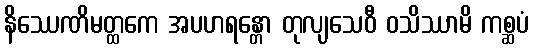
နိဿေဏိမတ္ထကေ အပဟရန္တော တုလျသေဝီ ဝသိဿာမိ ကစ္ဆပံ